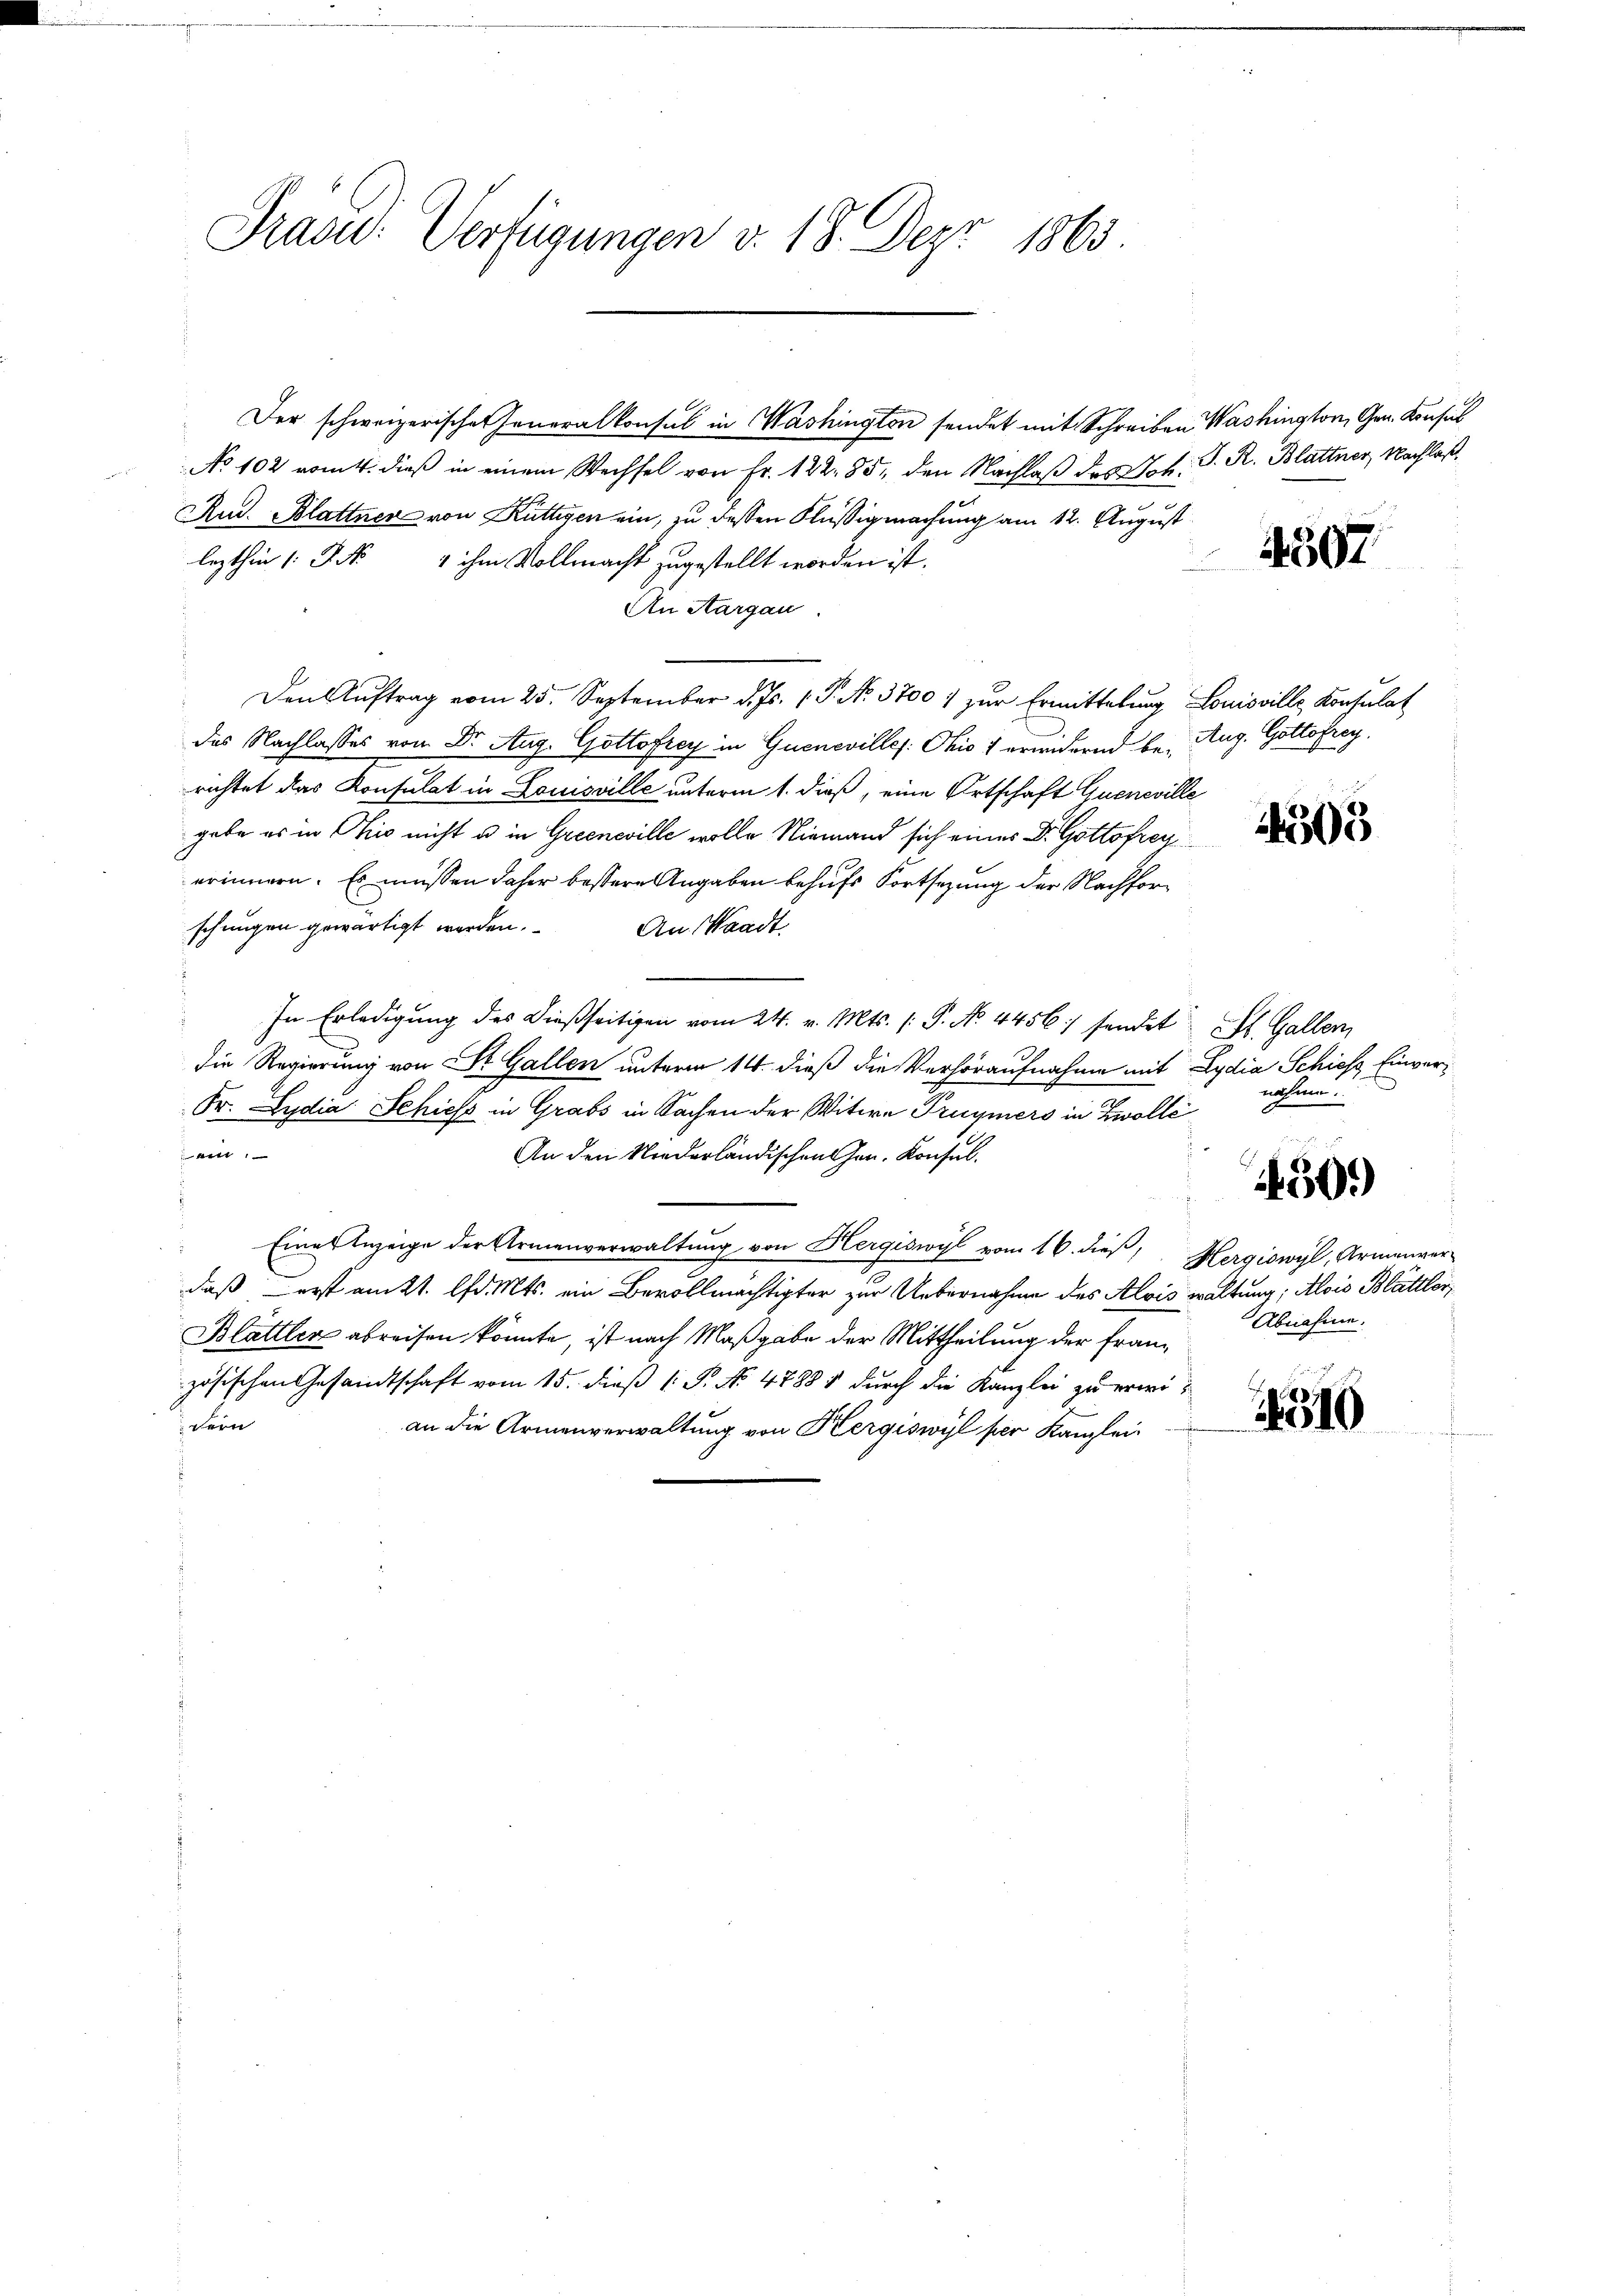
Präsid. Verfügungen v. 18. Dez. 1863

Der schweizerischer Generalkonsul in Washington sendet mit Schreiben Washington, Gen. Konsul
No 102 romtt. dieß in einem Wechsel von Fr. 122. 85, den Nachlaß des Joh. J. R. Blattner, Nachlaß
Rud. Blattner von Rüttigen ein, zu dessen Flüßigmachung am 12. August
lezthin 1 S. 4 ihm Vollmacht zugestellt worden ist.
An Aargau
Den Auftrag vom 25. September d. Js. 1. P. No. 3700 / zur Ermittelung Louisville Konsulat
d
das Nachlasses von Dr. Aug. Gottofrey in Guenevilles: Ohio 1 erwidernd be- Aug. Gottofrey.
richtet das Konsulat in Louisville unterm 1. dieß, eine Ortschaft Queneville
gabe es in Ohio nicht u in Greenwille wolle Niemand sich eines Dr. Gottsfreyerinnern. Es müssen daher bessere Angaben behufs Fortsezung der Nachforschungen gewärtigt werden. An Waadt
In Erledigung des dießseitigen vom 24. v. Mts. (: P. No 4456 sendet St. Gallen,
die Regierung von St. Gallen unterm 14. dieß die Verhöraufnahme mit Lydia Schiess Einver¬
Fr. Lydia Schiess in Grabs in Sachen der Witwe Prüymers in Zwolle
ein
An den Niederländischen Hrn. Konsul
Einer Anzeige der Armenverwaltung von Hergiswyl vom 16. dieß,
daß erst am 21. d. Mts. ein Bevollmächtigter zur Uebernahme des Alois waltung; Alois Blättler,
Blättler abreisen könnte, ist nach Maßgabe der Mittheilung der Französischen Gesandtschaft vom 15. dieß 1 S. No. 4788: durch die Kanzlei zu erwiern
an die Armenverwaltung von Kergiswyl per Kanzlei-

4507

4303

nähme.

4430.)

Hergiswyl, Armenver
Abnahme.

4310